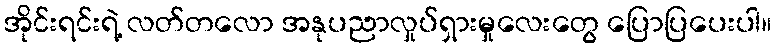
အိုင်းရင်းရဲ့ လတ်တလော အနုပညာလှုပ်ရှားမှုလေးတွေ ပြောပြပေးပါ။